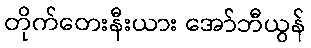
တိုက်တေးနီးယား အော်ဘီယွန်